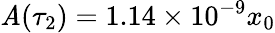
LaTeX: \mathit{A}(\tau_{2})=1.14\times10^{-9}x_{0}